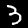
Label: 3